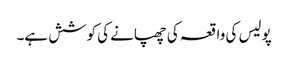
پولیس کی واقعہ کی چھپانے کی کوشش ہے۔